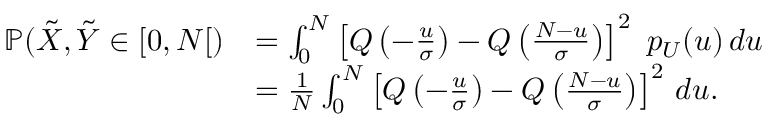
\begin{array} { r l } { \mathbb { P } ( \tilde { X } , \tilde { Y } \in [ 0 , N [ ) } & { = \int _ { 0 } ^ { N } \left[ Q \left( - \frac { u } { \sigma } \right) - Q \left( \frac { N - u } { \sigma } \right) \right] ^ { 2 } ~ p _ { U } ( u ) \, d u } \\ & { = \frac { 1 } { N } \int _ { 0 } ^ { N } \left[ Q \left( - \frac { u } { \sigma } \right) - Q \left( \frac { N - u } { \sigma } \right) \right] ^ { 2 } \, d u . } \end{array}